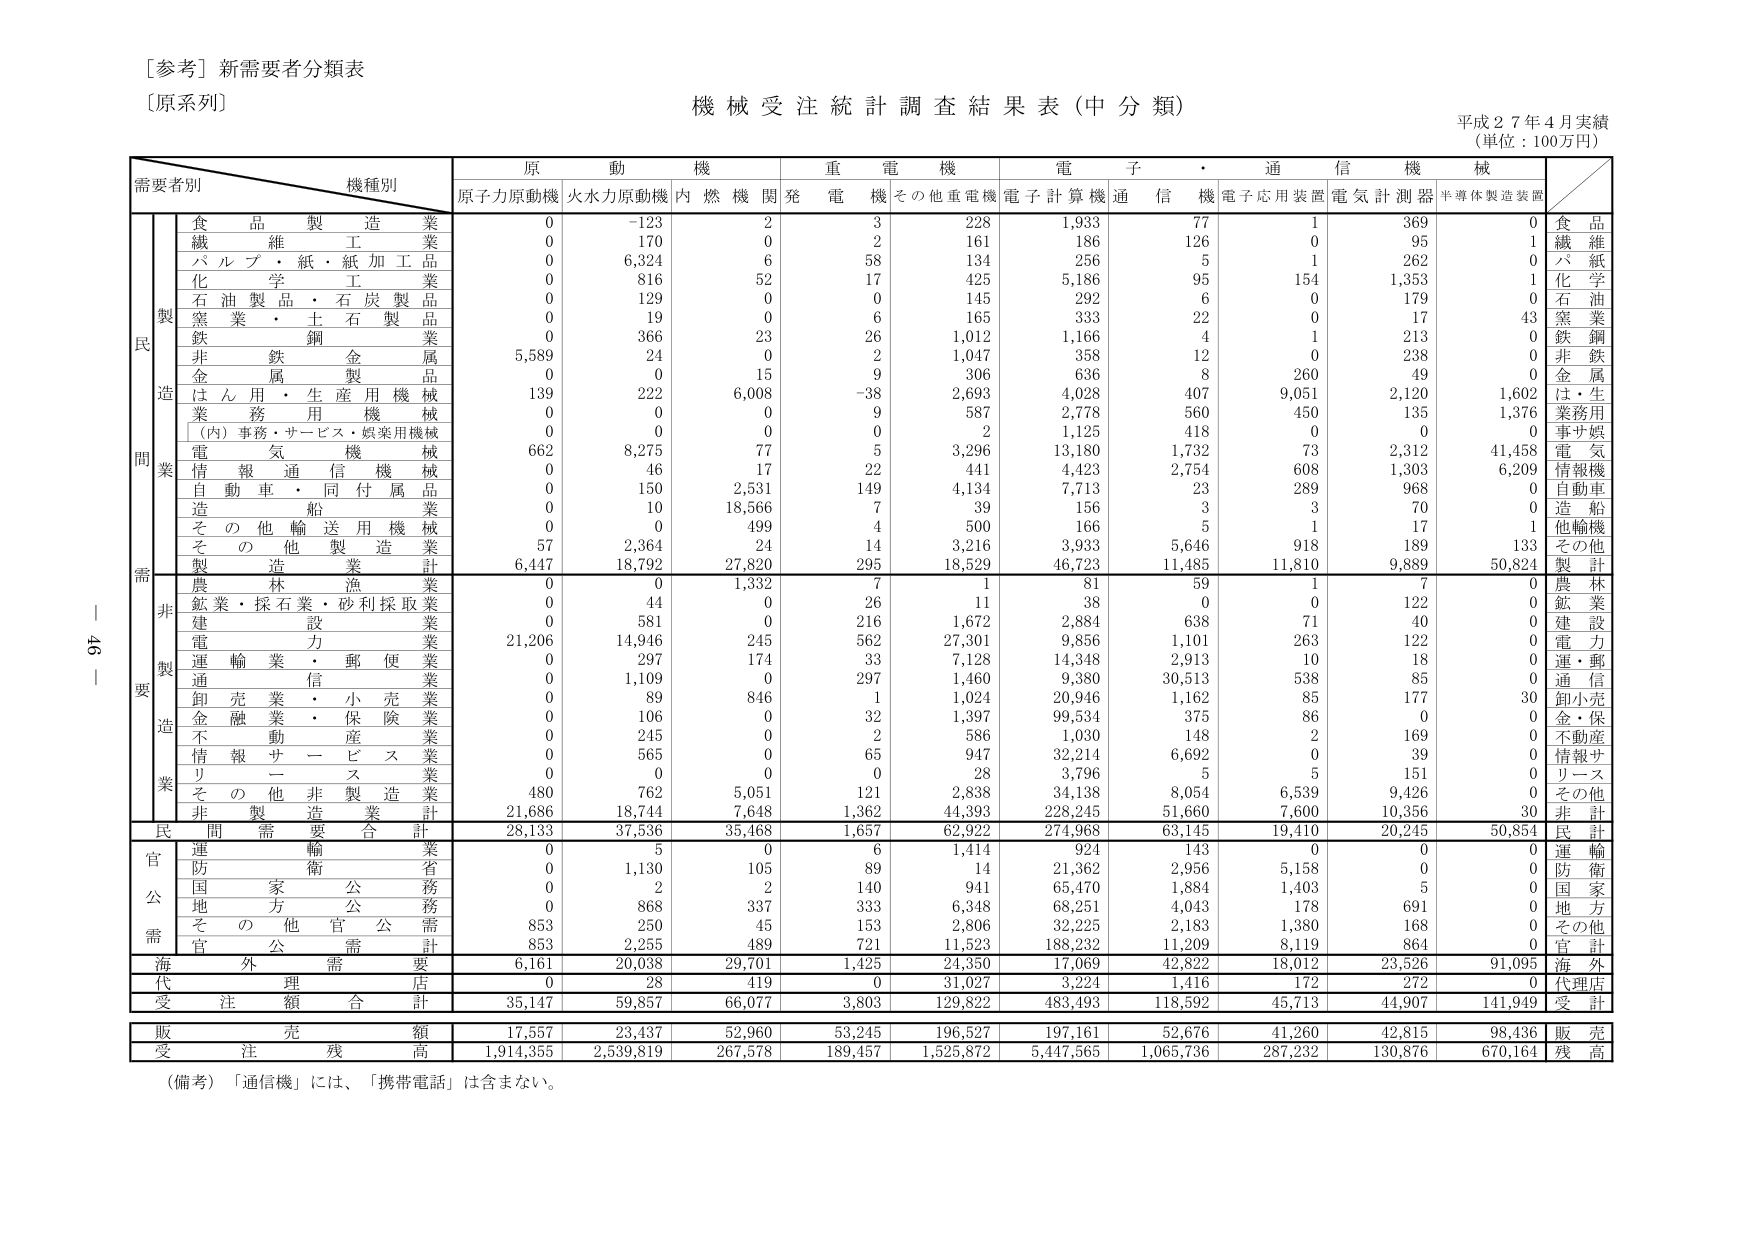
[参考] 新需要者分類表
[原系列]

機械受注統計調査結果表（中分類）
平成２７年４月実績
（単位：100万円）

需要者別　　機種別
　　　　　　　原　　動　　機　　　　重　　電　　機　　　　電　　子　　・　　通　　信　　機　　械
　　　　　　　原子力原動機　火水力原動機　内燃機関発電機　その他重電機　電子計算機　通信機　電子応用装置　電気計測器　半導体製造装置